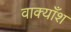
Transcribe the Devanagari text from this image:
वाक्याँश